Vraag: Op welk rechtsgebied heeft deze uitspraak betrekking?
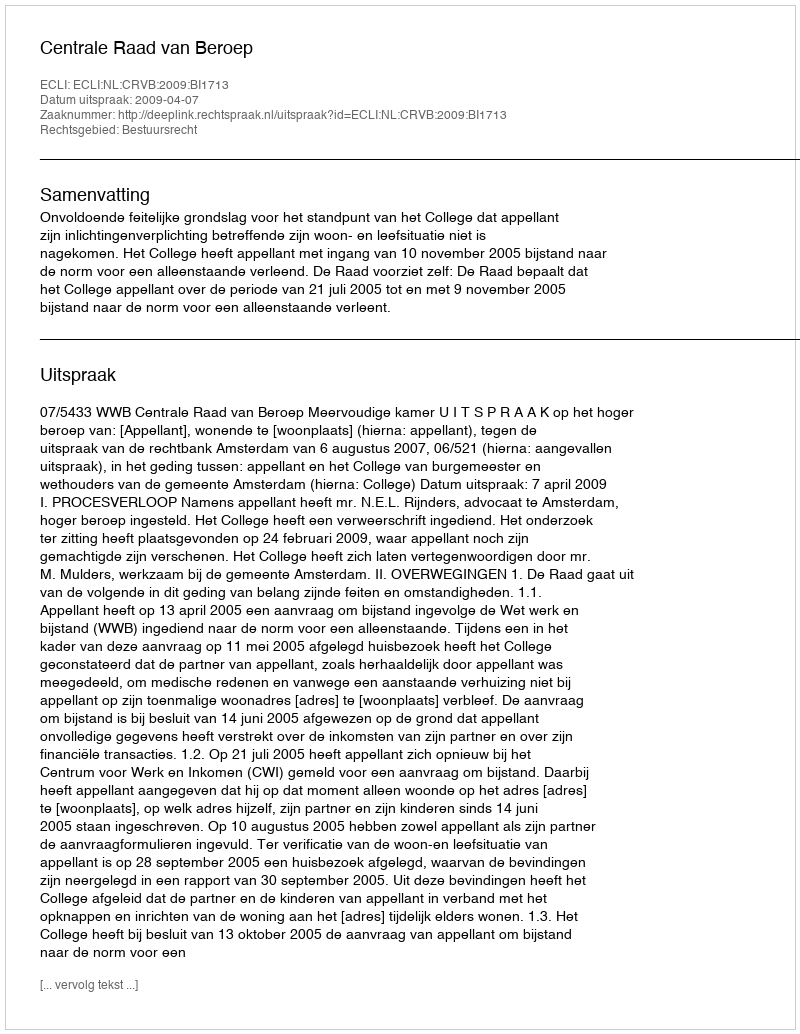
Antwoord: Bestuursrecht